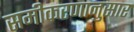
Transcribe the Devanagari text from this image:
समीकरणानुसार